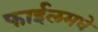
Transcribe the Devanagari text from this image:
फाईलमधे